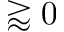
\gtrapprox 0